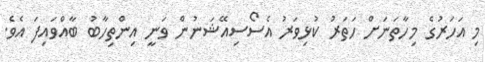
މި އަހަރުގެ މިހާތަނަށް ހަތަރު ކުޅިވަރު އެސޯސިއޭޝަނުން ވަނީ އިންތިހާބު ބާއްވައިފަ އެވެ.